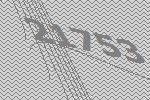
21753